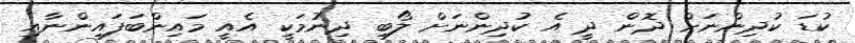
ކުޑަ ކުދިންނަށް ދޮން ދީ އެ ކުދިންނަށް ލޯބި ދިނުމަކީ އެއީ މައިންބަފައިންނާއި